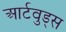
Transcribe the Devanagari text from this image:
आर्टवुड्स